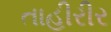
તાહીરીર